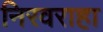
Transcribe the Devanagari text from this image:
निरवराहा